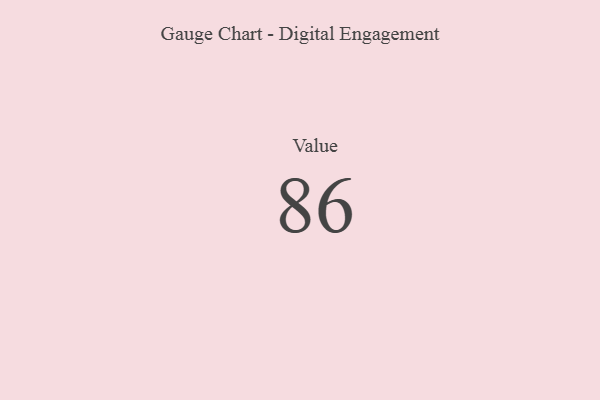
{"axis": {"x": "Metric", "y": "Value"}, "legend": [""], "data": [{"x": "Value", "y": 86, "type": ""}]}